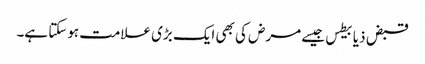
قبض ذیابیطس جیسے مرض کی بھی ایک بڑی علامت ہوسکتا ہے۔